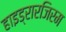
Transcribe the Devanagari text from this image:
हाइड्रारजिरम